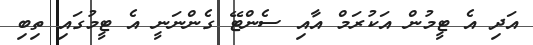
އަދި އެ ޓީމުން އަކުރަމް އާއި ސެންޓޭ ގެންނަނީ އެ ޓީމުގައި ތިބި